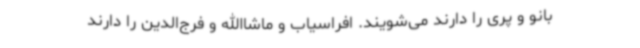
بانو و پری را دارند می‌شویند. افراسیاب و ماشاالله و فرج‌الدین را دارند